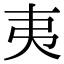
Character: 夷